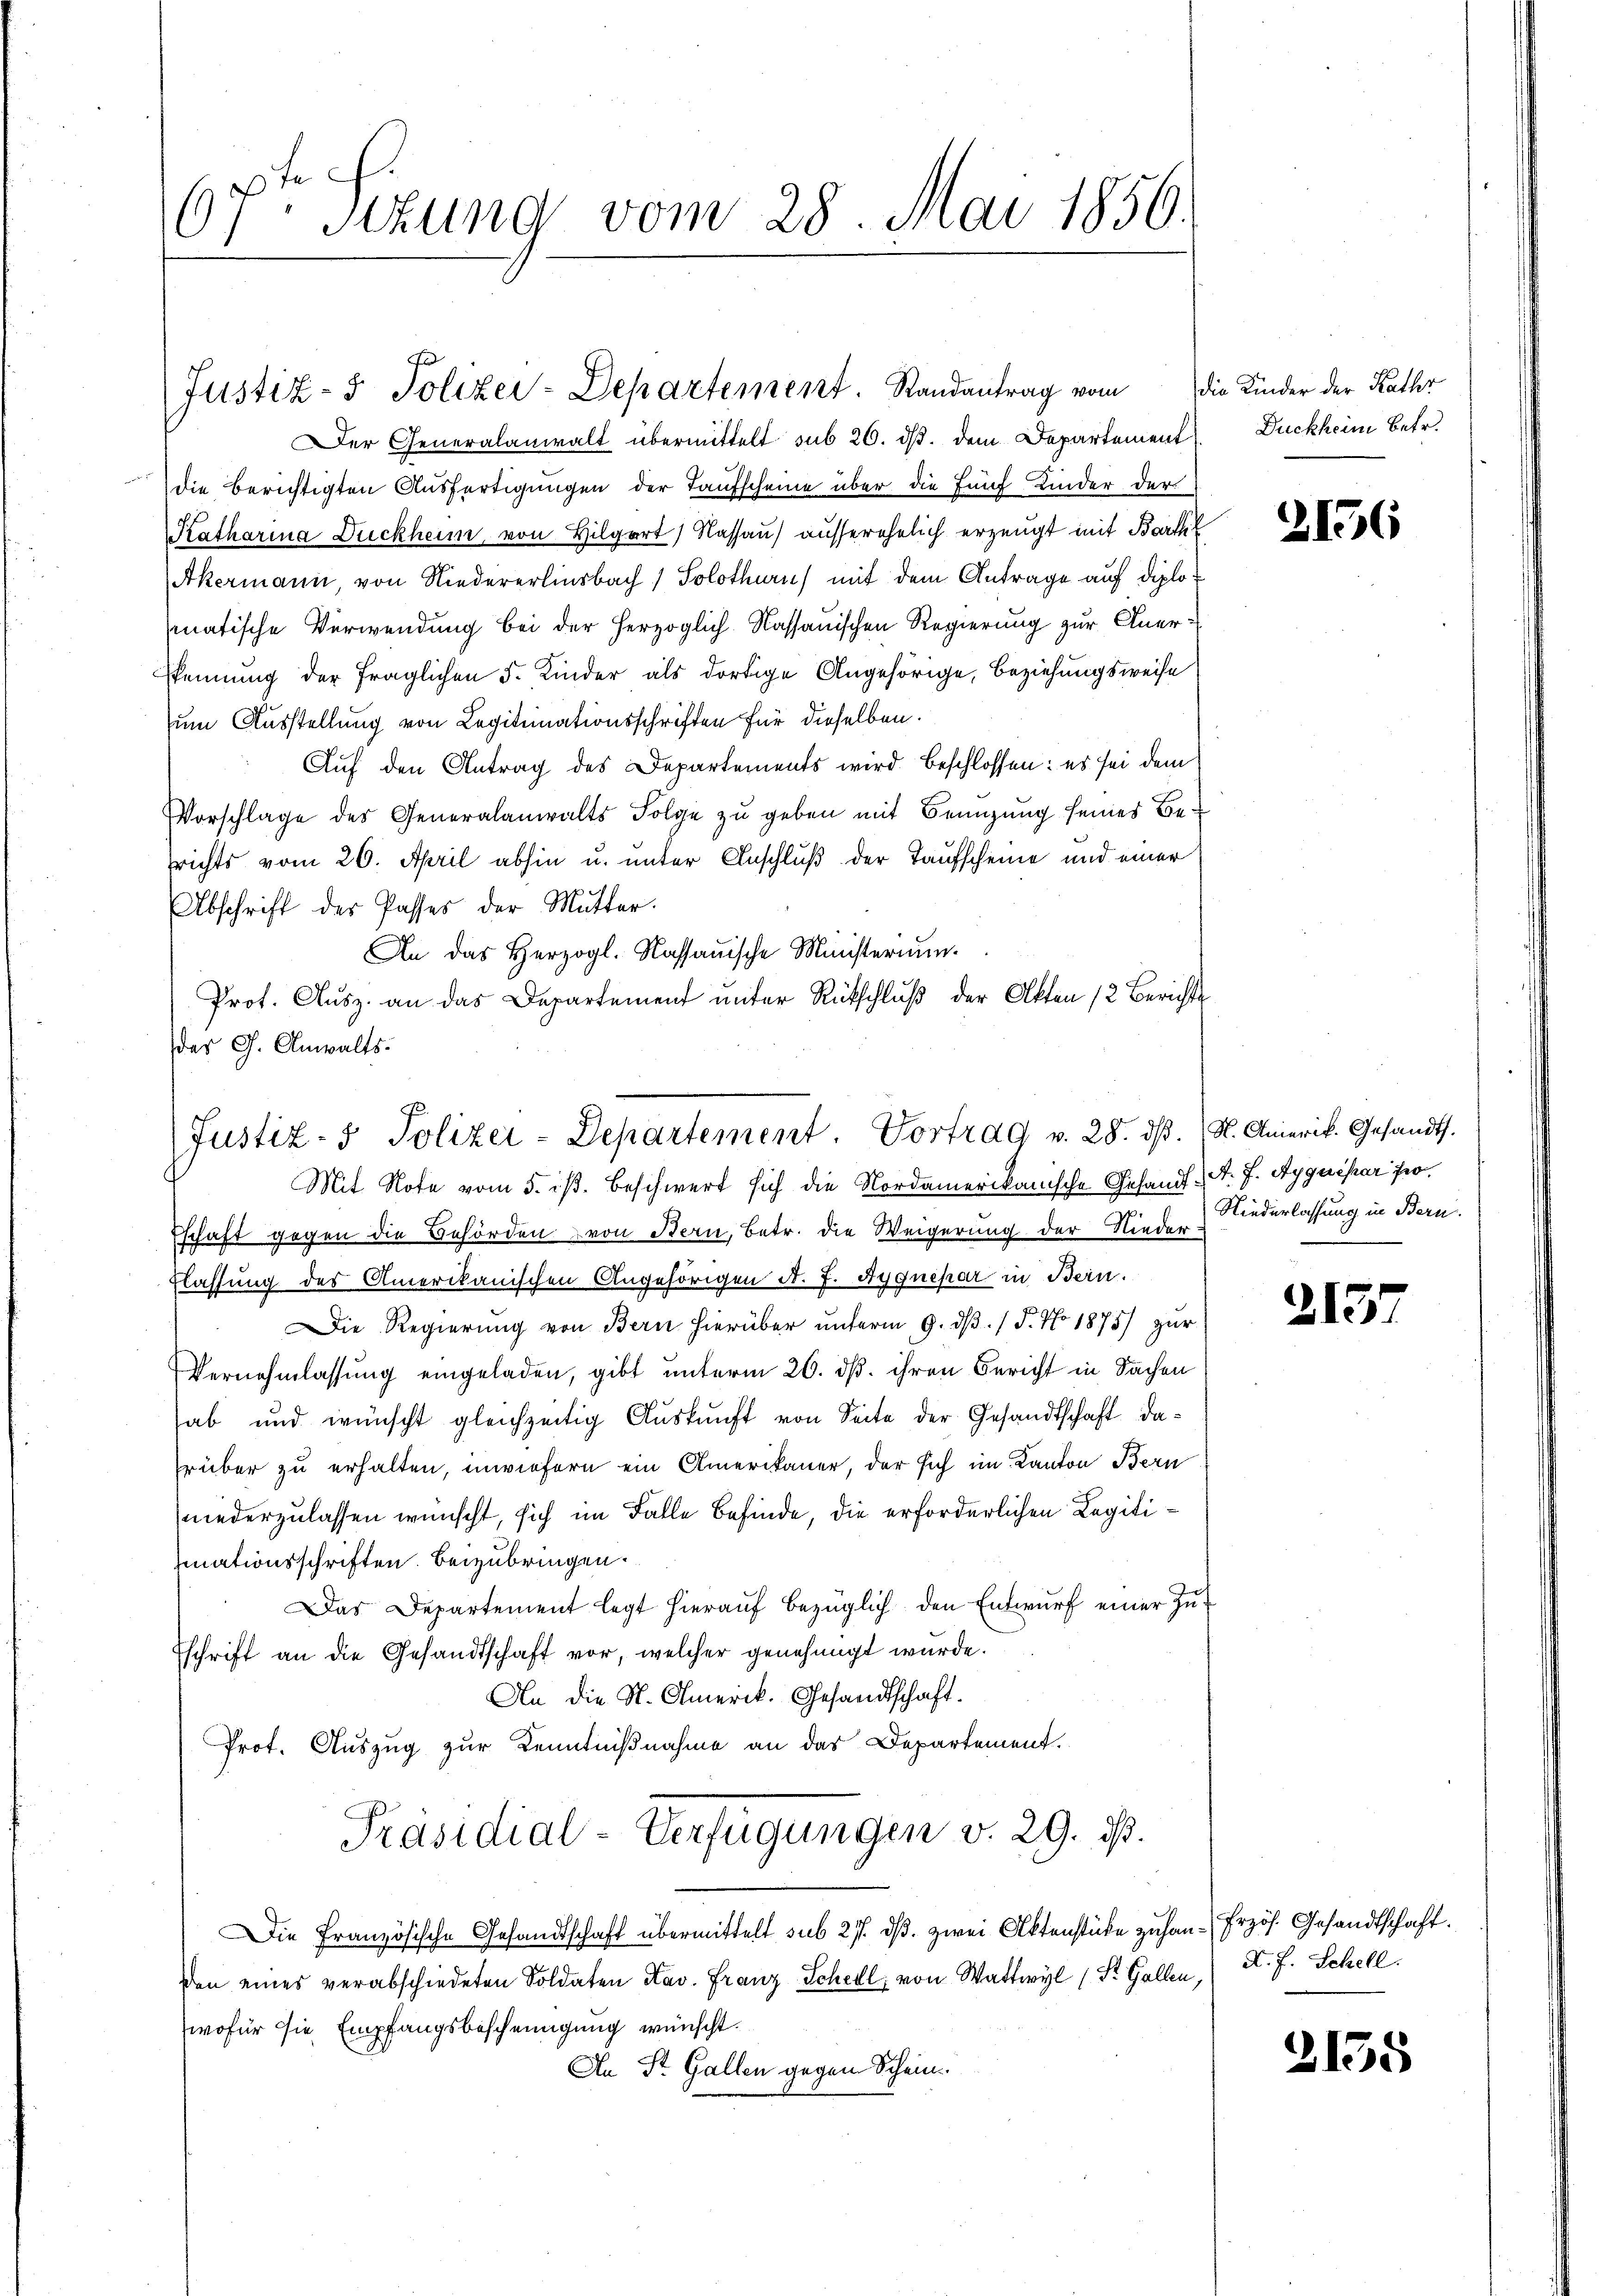
6fr. Sizung vom 28. Mai 1856.

Der Generalanwalt übermittelt sub 20. ds. dem Departement
die berichtigten Ausfertigungen der Taufscheine über die fünf Kinder der
Katharina Dückheim von Hilgart, Nassau) ausserehelich erzeugt mit Bartl
Akermann, von Niedererlinsbach) Solothurn) mit dem Antrage auf diplomatische Verwendung bei der herzoglich-Kassauischen Regierung zur Aner¬
Pennung der fraglichen F. Kinder als dortige Angehörige, Beziehungsweise
um Ausstellung von Legitimationsschriften für dieselben.
Auf den Antrag des Departements wird beschlossen: es sei dem
Vorschlage des Generalanwalts Folge zu geben mit Benutzung seines Berichts vom 26. April abhin u. unter Anschluß der Taufscheine und einer
Abschrift der Passes der Mutter.
An das Herzogl. Kassauische Ministerium
Prof. Ausz. an das Departement unter Rütschluß der Akten 12 Berichte
des G. Anwalts:

Justiz- & Polizei-Departement. Randantrag vom

Mit Note vom 5. ist. Beschwert sich die Nordamerikanische Gesandt, A. J. Ayquipar fer¬
Eschaft gegen die Behörden von Bern, betr. die Weigerung der Nieder-
Elassung des Amerikanischen Angehörigen d. J. Aygneper in Bern.
Die Regierŭng von Bern hierüber ŭnterm 9. dβ. / 5. No 1875) zŭr
Vernehmlassung eingeladen, gibt unterm 26. dß. ihren Bericht in Sachen
hab und wünscht gleichzeitig Auskunft von Seite der Gesandtschaft darüber zu erhalten, inwiefern ein Amerikaner, der sich im Kanton Bern
niederzulassen wünscht, sich im Falle Befinde, die erforderlichen Legitinationsschriften beizubringen.
Das Departement legt hieraŭf bezüglich den Entwŭrf einer Zuschrift an die Gesandtschaft vor, welcher genehmigt wurde.
An die St. Amerik. Gesandtschaft.
Prot. Auszug zur Kenntnißnahme an das Departement.
Präsidial-Verfügungen v. 29. ds.
Die Französische Gesandtschaft übermittelt sub 27. dβ. zwei Aktenstücke zuhan-Erzös. Gesandtschaft.
den eines verabschiedeten Soldaten Xav. Franz Schedl, von Wattwyl (St. Gallen,
wofür sie Empfangsbescheinigung wünscht.
An St. Gallen gegen Schein¬

Justiz- & Polizei-Departement. Vortrag v. 28. dβ. N. Amerik. Gesandts

die Kinder der Raths
Duckheim Betr.

2156

Niederlassung in Bern.

2157

X. f. Schell.

3155